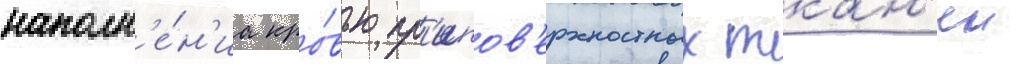
наполн'е́н'иа кро́вью пр'ипов'ерхностных ткан'еи